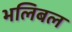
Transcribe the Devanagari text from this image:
भलिबल